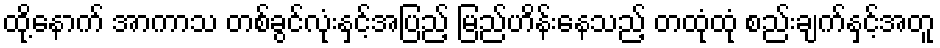
ထို့နောက် အာကာသ တစ်ခွင်လုံးနှင့်အပြည့် မြည်ဟိန်းနေသည့် တထုံထုံ စည်းချက်နှင့်အတူ